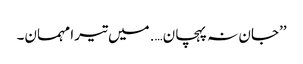
’’جان نہ پہچان….میں تیرا مہمان۔